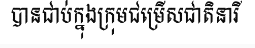
បានជាប់ក្នុងក្រុមជម្រើសជាតិនារី